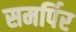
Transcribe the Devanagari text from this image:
समर्पिर